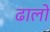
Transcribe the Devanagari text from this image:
ढालो